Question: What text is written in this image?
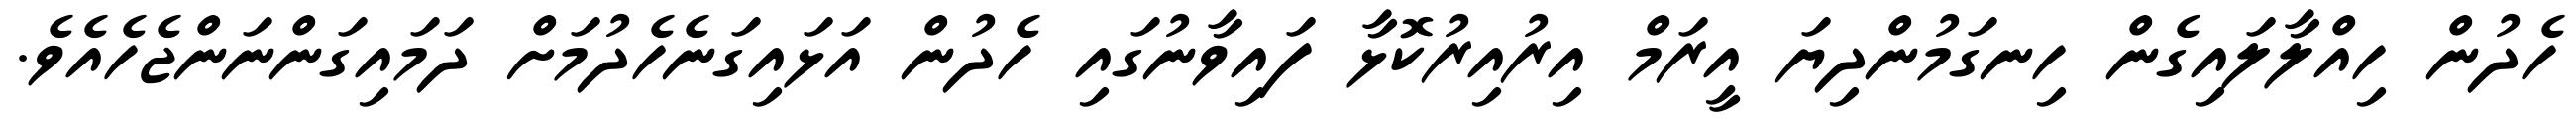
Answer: ހެދުން ހިއްލާލައިގެން ހިނގަމުންދިޔަ އީރަމް އިރުއިރުކޮޅާ ފައިވާނުގައި ހެދުން އަޅައިގަނެހެދުމަށް ދަމައިގަންނަންޖެހެއެވެ.